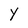
Character: Y